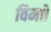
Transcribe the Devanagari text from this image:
विमाों